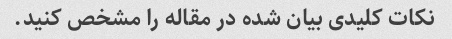
نکات کلیدی بیان شده در مقاله را مشخص کنید.